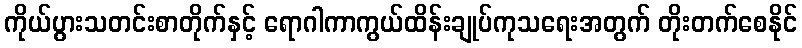
ကိုယ်ပွားသတင်းစာတိုက်နှင့် ရောဂါကာကွယ်ထိန်းချုပ်ကုသရေးအတွက် တိုးတက်စေနိုင်